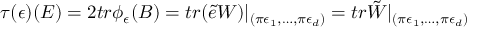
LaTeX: \tau ( \epsilon ) ( E ) = 2 t r \phi _ { \epsilon } ( B ) = t r ( \tilde { e } W ) | _ { ( \pi \epsilon _ { 1 } , \dots , \pi \epsilon _ { d } ) } = t r \tilde { W } | _ { ( \pi \epsilon _ { 1 } , \dots , \pi \epsilon _ { d } ) }